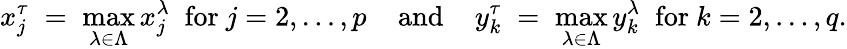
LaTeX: x_{j}^{\tau}\; =\; \operatorname*{max}_{\lambda\in\Lambda}x_{j}^{\lambda}\; {\mathrm{~for~}}j=2,\ldots,p\; \; \; \; {\mathrm{and}}\; \; \; \; y_{k}^{\tau}\; =\; \operatorname*{max}_{\lambda\in\Lambda}y_{k}^{\lambda}\; {\mathrm{~for~}}k=2,\ldots,q.